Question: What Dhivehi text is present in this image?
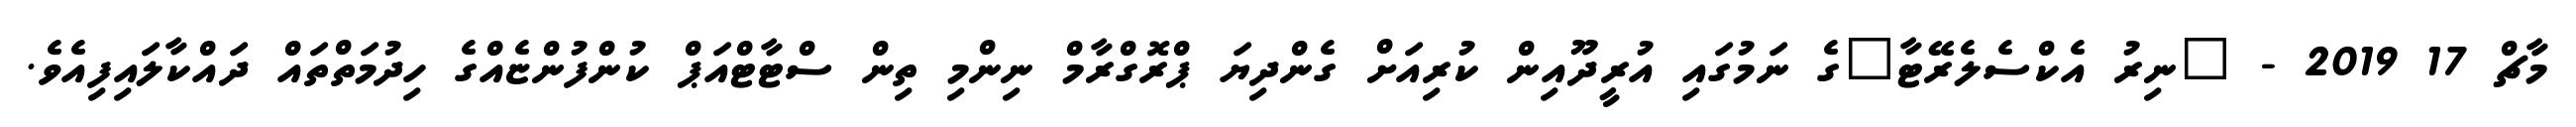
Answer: މާޗް 17 2019 - "ނިރު އެކްސެލެރޭޓާ"ގެ ނަމުގައި އުރީދޫއިން ކުރިއަށް ގެންދިޔަ ޕްރޮގްރާމް ނިންމި ތިން ސްޓާޓްއަޕް ކުންފުންޏެއްގެ ހިދުމަތްތައް ދައްކާލައިފިއެވެ.